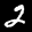
Label: 2